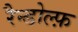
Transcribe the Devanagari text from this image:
रैन्डोल्फ़